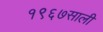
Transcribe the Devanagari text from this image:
१९६७साली